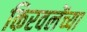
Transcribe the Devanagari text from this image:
किरवलेंच्या